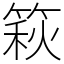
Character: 篍